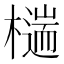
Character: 𣛹